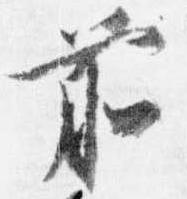
前